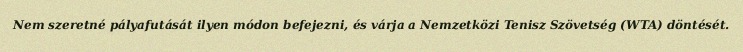
Nem szeretné pályafutását ilyen módon befejezni, és várja a Nemzetközi Tenisz Szövetség (WTA) döntését.